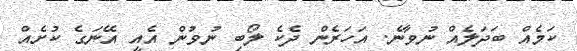
ކަމެއް ބަދަލެއް ނުވާނެ. އަހަރެން ދެކެ ލޯބި ނުވުން އެއީ އޭނަގެ ކުށެއް